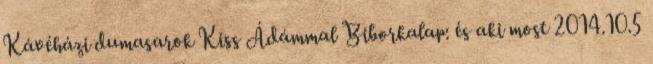
Kávéházi dumasarok Kiss Ádámmal Biborkalap: és aki most 2014.10.5